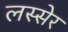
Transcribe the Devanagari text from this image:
लस्सेर